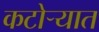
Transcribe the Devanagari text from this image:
कटोऱ्यात